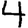
Digit: 4